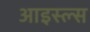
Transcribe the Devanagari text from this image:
आइस्ल्स